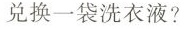
兑换一袋洗衣液?